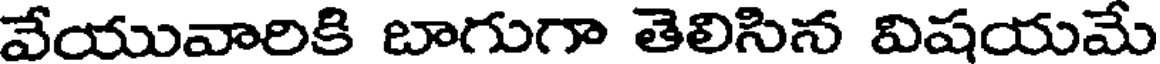
వేయువారికి బాగుగా తెలిసిన విషయమే